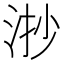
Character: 𣴷